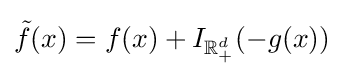
{\tilde {f}}(x)=f(x)+I_{\mathbb {R} _{+}^{d}}(-g(x))